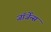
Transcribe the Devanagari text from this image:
जॉर्जेन्स